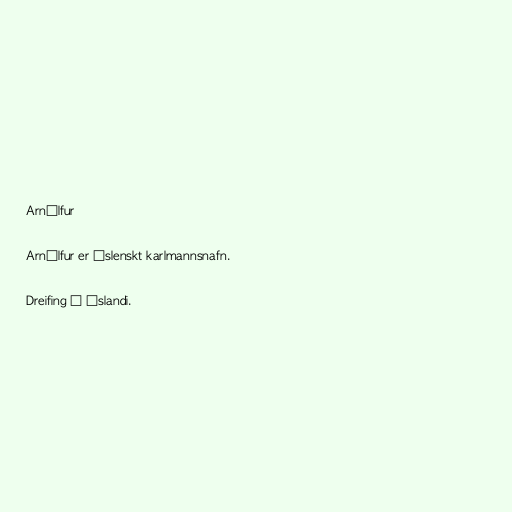
Arnúlfur

Arnúlfur er íslenskt karlmannsnafn.

Dreifing á Íslandi.